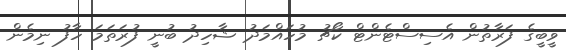
ވީބީގެ ފަރާތުން އެސިސްޓެންޓް ކޯޗު މުހައްމަދު ޝާހިދު ބުނީ ފުރަތަމަ ހާފު ނިމެން